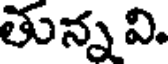
తున్న వి.